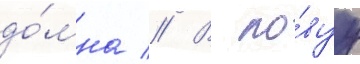
до́мна // В но́вуу